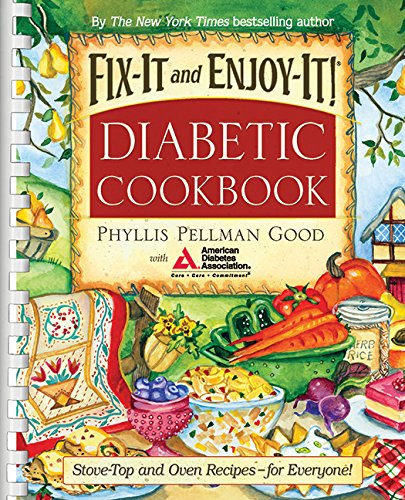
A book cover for Fix-It and Enjoy-It Diabetic: Stove-Top And Oven Recipes-For Everyone!; Phyllis Good; Cookbooks, Food & Wine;